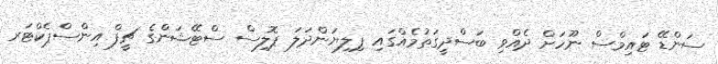
ސަންޑޭ ޓައިމްސް ނޫހަށް ދެއްވި ބަސްދީގަތުމެއްގައި ޕިލިޔަންދަލަ ޕޮލިސް ސްޓޭޝަންގެ ޗީފް އިންސްޕެކްޓަރ